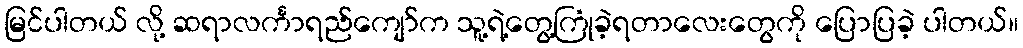
မြင်ပါတယ် လို့ ဆရာလင်္ကာရည်ကျော်က သူ့ရဲ့တွေ့ကြုံခဲ့ရတာလေးတွေကို ပြောပြခဲ့ ပါတယ်။